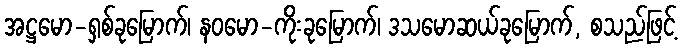
အဋ္ဌမော-ရှစ်ခုမြောက်၊ နဝမော-ကိုးခုမြောက်၊ ဒသမောဆယ်ခုမြောက်, စသည်ဖြင့်